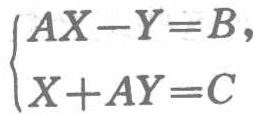
\(\begin{cases}
AX - Y = B,\\
X + AY = C
\end{cases}\)